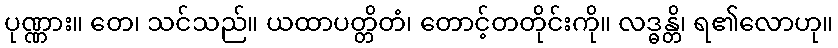
ပုဏ္ဏား။ တေ၊ သင်သည်။ ယထာပတ္တိတံ၊ တောင့်တတိုင်းကို။ လဒ္ဓန္တိ၊ ရ၏လောဟု။